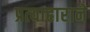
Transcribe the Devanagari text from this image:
प्रत्याहाराने